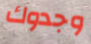
وجدوك